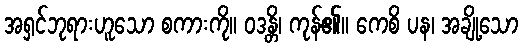
အရှင်ဘုရားဟူသော စကားကို။ ဝဒန္တိ၊ ကုန်၏။ ကေစိ ပန၊ အချို့သော